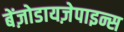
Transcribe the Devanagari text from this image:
बेंज़ोडायज़ेपाइन्स